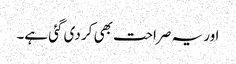
اور یہ صراحت بھی کر دی گئی ہے۔